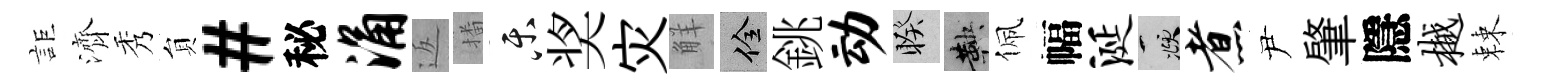
詎濟秀貟#秘涌返播乐奖灾觧佺銚动睽鞅佩幅涎頫煮尹肇隱樾棘